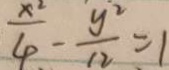
\frac { x ^ { 2 } } { 4 } - \frac { y ^ { 2 } } { 1 2 } = 1